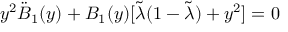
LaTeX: y ^ { 2 } \ddot { B } _ { 1 } ( y ) + B _ { 1 } ( y ) [ \tilde { \lambda } ( 1 - \tilde { \lambda } ) + y ^ { 2 } ] = 0